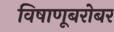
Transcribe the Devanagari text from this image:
विषाणूबरोबर